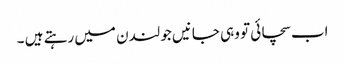
اب سچائی تو وہی جانیں جو لندن میں رہتے ہیں ۔